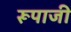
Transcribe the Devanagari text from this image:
रूपाजी